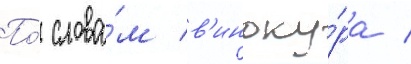
По́ слова́м в'иноку́ра /